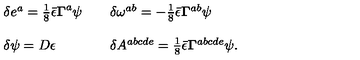
\begin{array} { l l l } { \delta e ^ { a } = \frac { 1 } { 8 } \bar { \epsilon } { \bf \Gamma } ^ { a } \psi } & { } & { \delta \omega ^ { a b } = - \frac { 1 } { 8 } \bar { \epsilon } { \bf \Gamma } ^ { a b } \psi } \\ { } & { } & { } \\ { \delta \psi = D \epsilon } & { } & { \delta A ^ { a b c d e } = \frac { 1 } { 8 } \bar { \epsilon } { \bf \Gamma } ^ { a b c d e } \psi . } \\ \end{array}